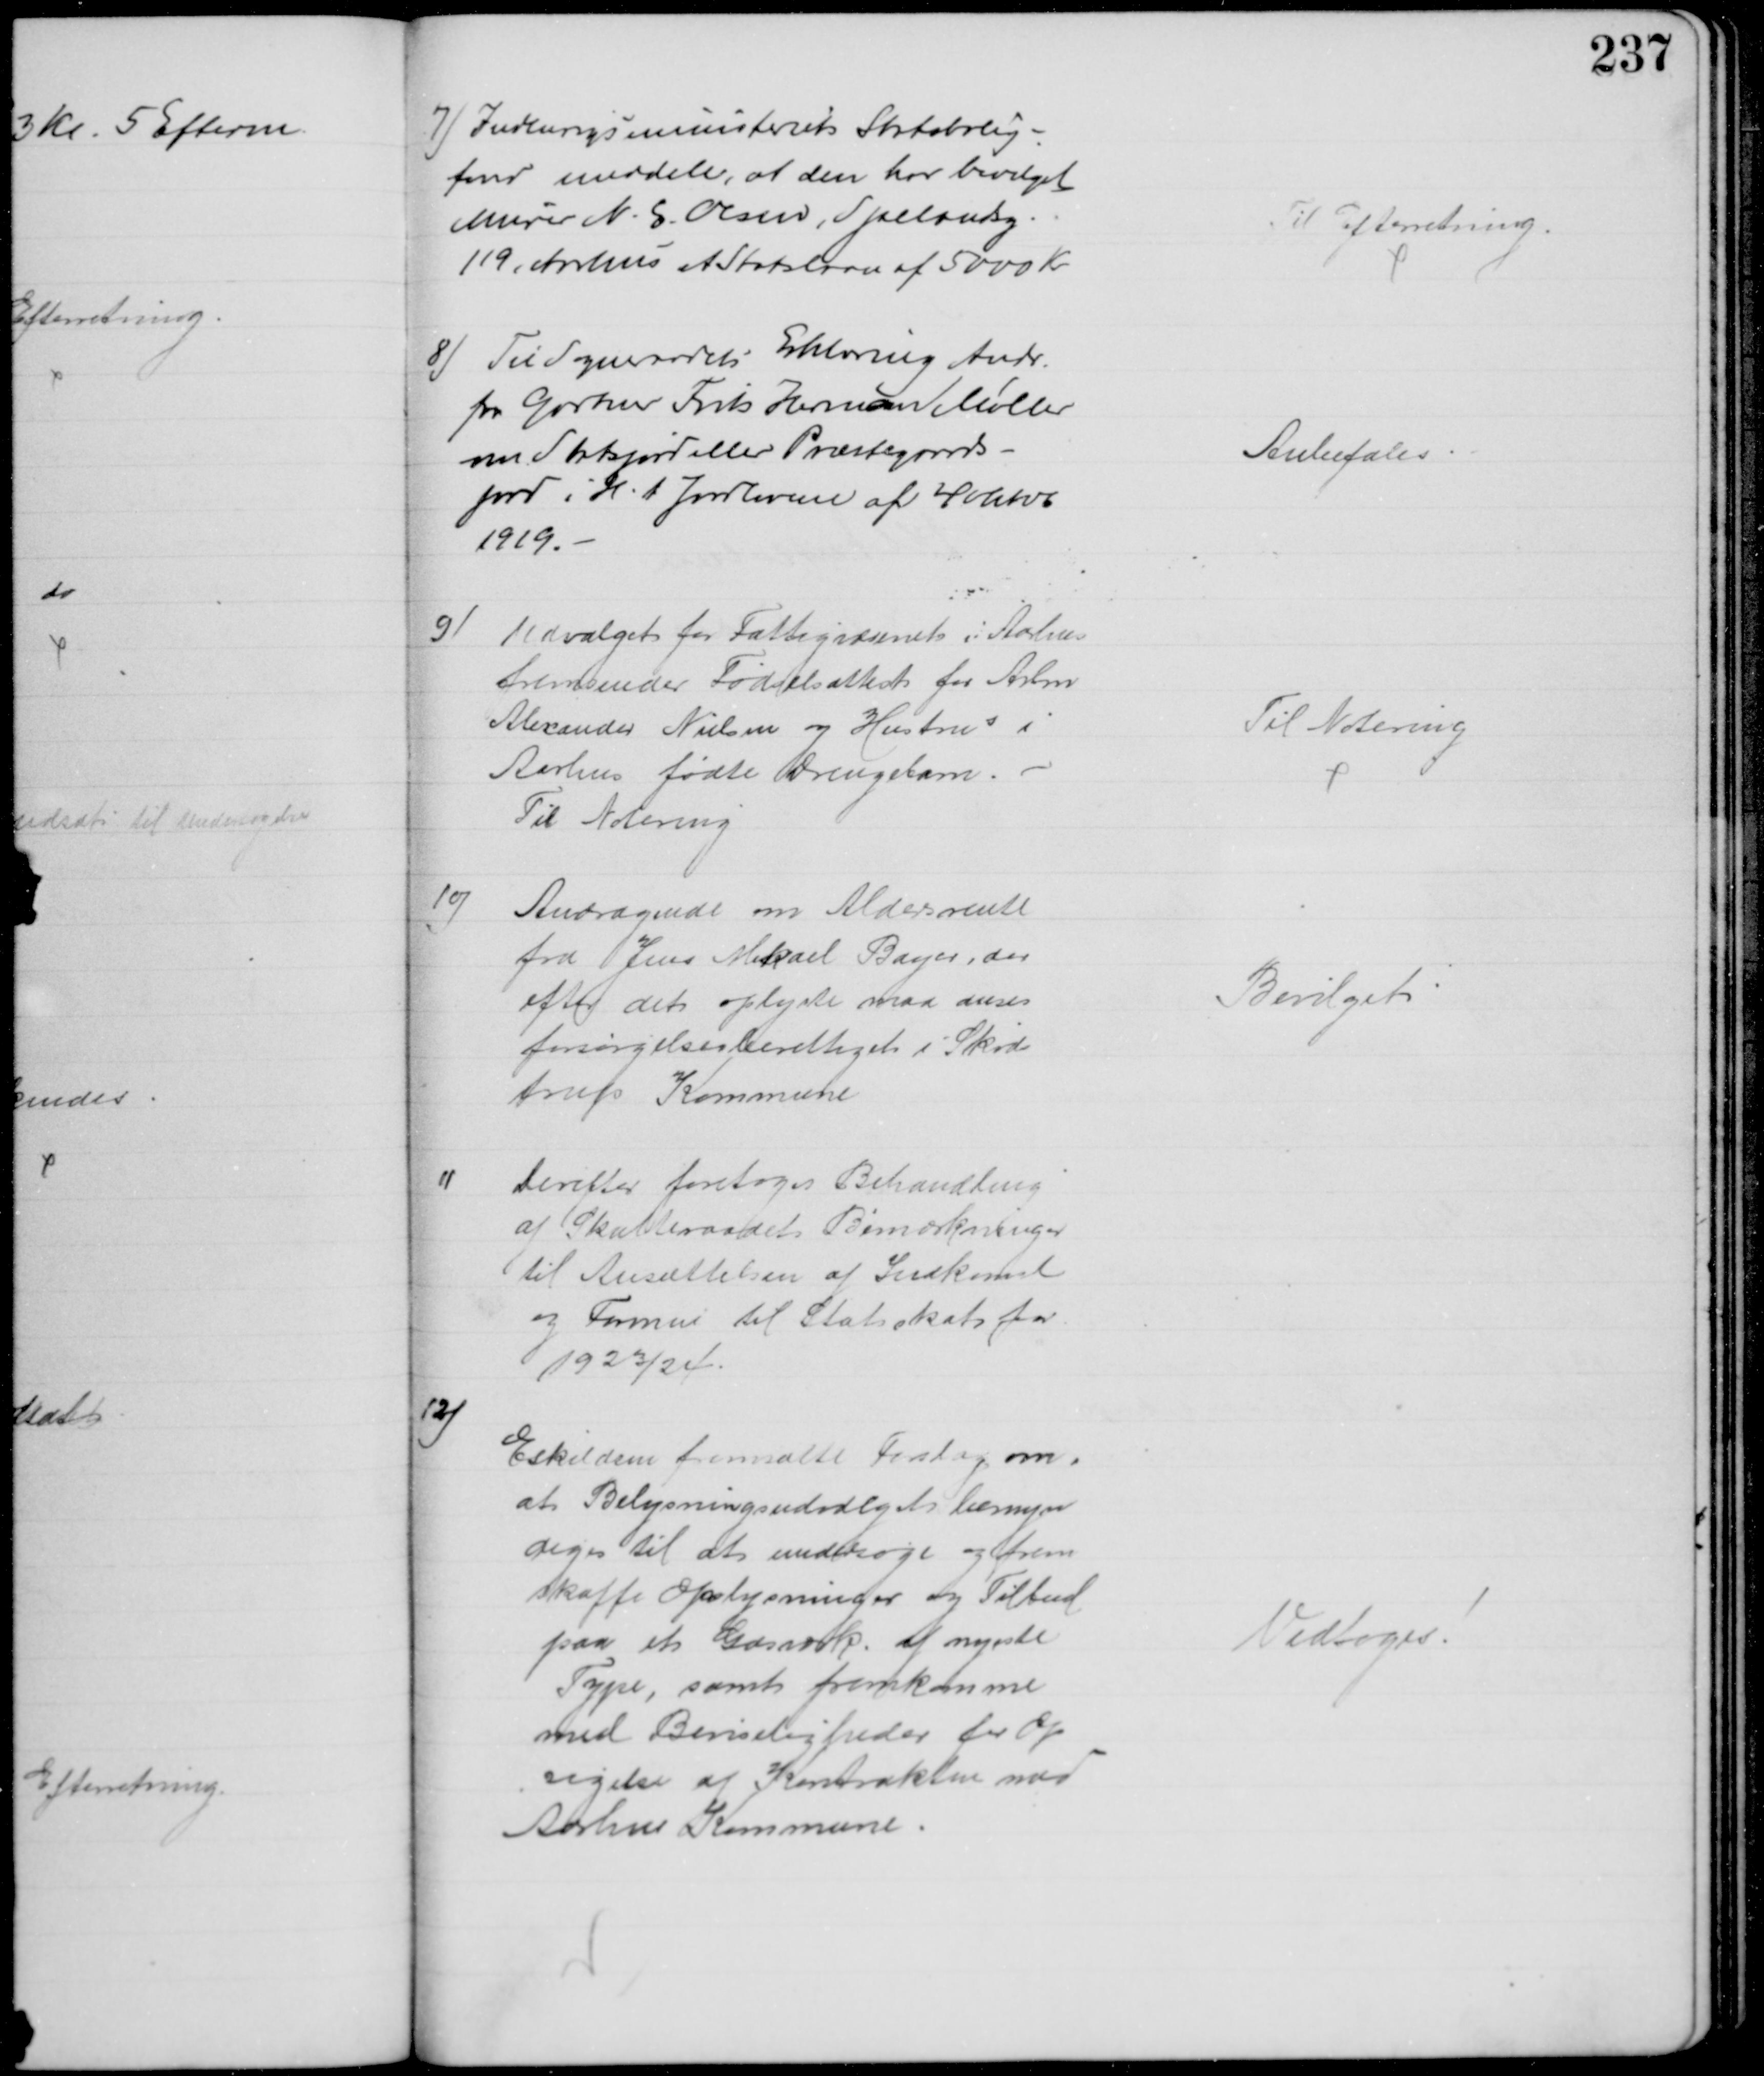
Transskription:
7) Indenrigsministeriets Statsbolig-
fond meddeler, at den har bevilget
Murer N. E. Olsen, Sjællandsg.
119, Aarhus et Statslaan af 5000 Kr.
Til Efterretning.
8) Til Sogneraadets Erklæring Andr.
fra Gartner Frits Herman Møller
om Statsjord eller Præstegaards-
jord i H.t Jordloven af 4 Oktb
1919.
Anbefales
9)
Udvalget for Fattigvæsenet i Aarhus
fremsender Fødselsattest for Arbm
Alexander Nielsen og Hustrus i
Aarhus fødte Drengebarn.
Til Notering
Til Notering
10)
Andragende om Aldersrente
fra Jens Mikael Bayer, der
efter det oplyste maa anses
forsørgelsesberettiget i Skøds
trup Kommune
Bevilget
11
Derefter foretoges Behandling
af Skatteraadets Bemærkninger
til Ansættelsen af Indkomst
og Formue til Statsskat for
1923/24.
12)
Eskildsen fremsatte Forslag om,
at Belysningsudvalgets bemyn
diges til at undersøge og frem
skaffe Oplysninger og Tilbud
paa et Gasværk. af nyeste
Type, samt fremkomme
med Beviseligheder for Op
sigelse af Kontrakten med
Aarhus Kommune.
Vedtoges.